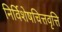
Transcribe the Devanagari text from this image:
निर्विशेषचित्तवृत्ति